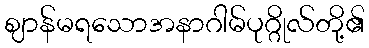
ဈာန်မရသောအနာဂါမ်ပုဂ္ဂိုလ်တို့၏